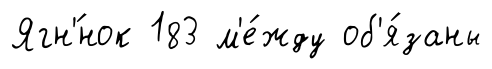
Ягн'́нок 183 м'е́жду об'я́заны